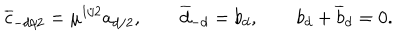
LaTeX: { \overline { { c } } } _ { - d / 2 } = \mu ^ { 1 / 2 } a _ { d / 2 } , \qquad { \overline { { d } } } _ { - d } = b _ { d } , \qquad b _ { d } + { \overline { { b } } _ { d } } = 0 .